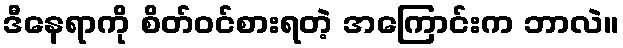
ဒီနေရာကို စိတ်ဝင်စားရတဲ့ အကြောင်းက ဘာလဲ။